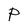
Character: P